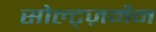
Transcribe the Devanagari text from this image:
सोल्ट्ज़मैन